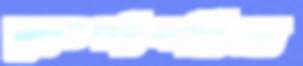
রুপশান